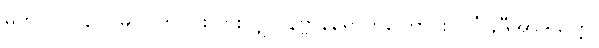
မဟာ-ပါ-၃၀၊ မဂ္ဂင် ၈-ပါး ပွားလျှင် နိဗ္ဗာန်ရောက်ကြောင်း၊ ဂင်္ဂါနဒီအာဒိသုတ္တ၊